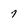
Character: 7